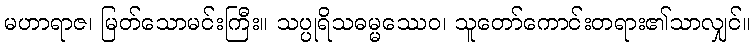
မဟာရာဇ၊ မြတ်သောမင်းကြီး။ သပ္ပုရိသဓမ္မဿေဝ၊ သူတော်ကောင်းတရား၏သာလျှင်။